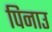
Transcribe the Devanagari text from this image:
पिनाउ